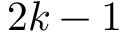
2 k - 1